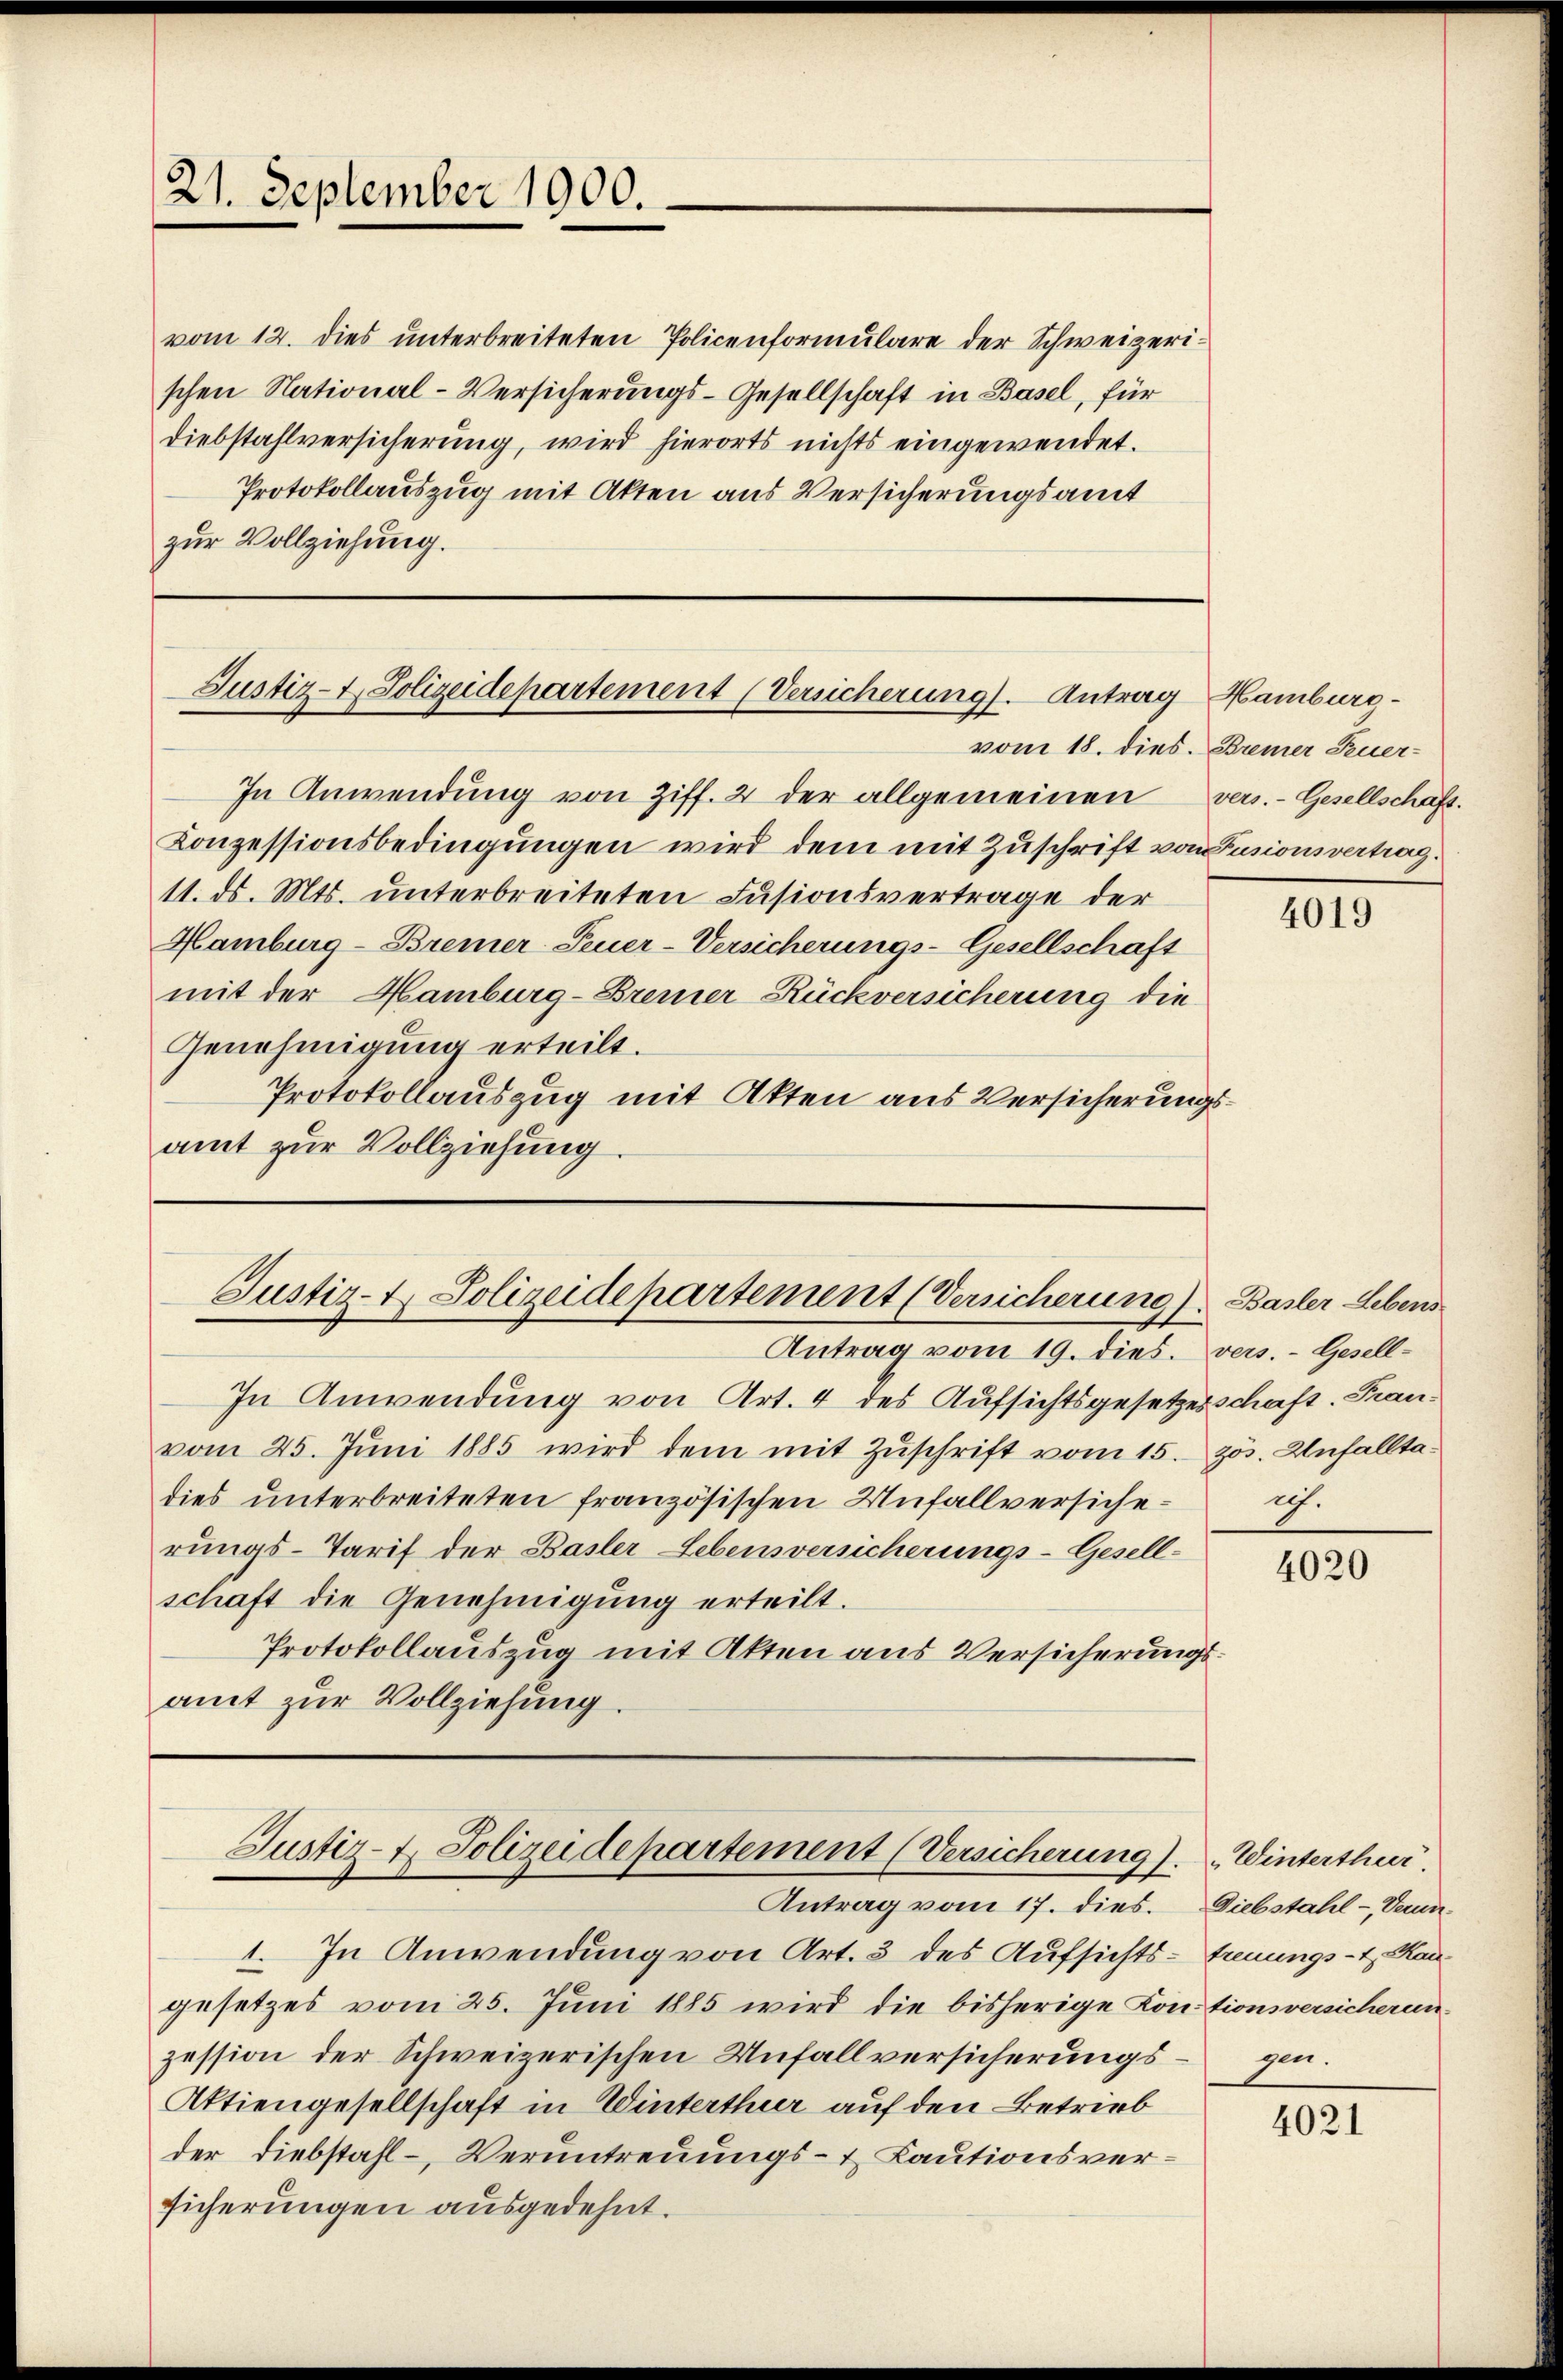
21. September 1900.

vom 12. dies unterbreiteten Policenformulare der Schweizerischen National-Versicherungs-Gesellschaft in Basel, für
Diebstahlversicherung, wird hierorts nichts eingewendet.
Protokollauszug mit Akten aus Versicherungsamt
zur Vollziehung.

Justiz- & Polizeidepartement (Versicherung). Antrag Hamburg¬

In Anwendung von Ziff. 2 der allgemeinen vers.- Gesellschaft.
Konzessionsbedingungen wird dem mit Zuschrift von Fusionsvertrag.
11. ds. Mts. unterbreiteten Fusionsvertrage der
Hamburg-Bremer-Feuer-Versicherungs-Gesellschaft
mit der Hamburg-Bremer Rückversicherung die
Genehmigung erteilt.
Protokollauszug mit Akten aus Versicherungsamt zur Vollziehung.

Justiz- & Polizeidepartement (Versicherung) Basler Lebens

Justiz-4. Polizeidepartement (Versicherung). Winterthur.
Antrag vom 17. dies.

1. In Anwendung von Art. 3 des Aufsichtsgesetzes vom 25. Juni 1885 wird die bisherige Kontionsversicherunzession der Schweizerischen Unfallversicherungs¬
Aktiengesellschaft in Winterthur auf den Betrieb
der Diebstahl - Veruntreuungs- & Kautionsversicherungen ausgedehnt.

vom 18. dies. Bremer Feuer-

Antrag vom 19. dies. vers. - Gesell¬
In Anwendung von Art. 4 des Aufsichtsgesetzesschaft. Franvom 25. Juni 1885 wird dem mit Zuschrift vom 15. zös. Unfalltadies unterbreiteten französischen Unfallversicherungs-Tarif der Basler Lebensversicherungs-Gesell-
schaft die Genehmigung erteilt.
Protokollauszug mit Akten aus Versicherungsamt zur Vollziehung.

4019

ich.

4020

Diebstahl - Vertreuungs-t. Kau
gen.

4021